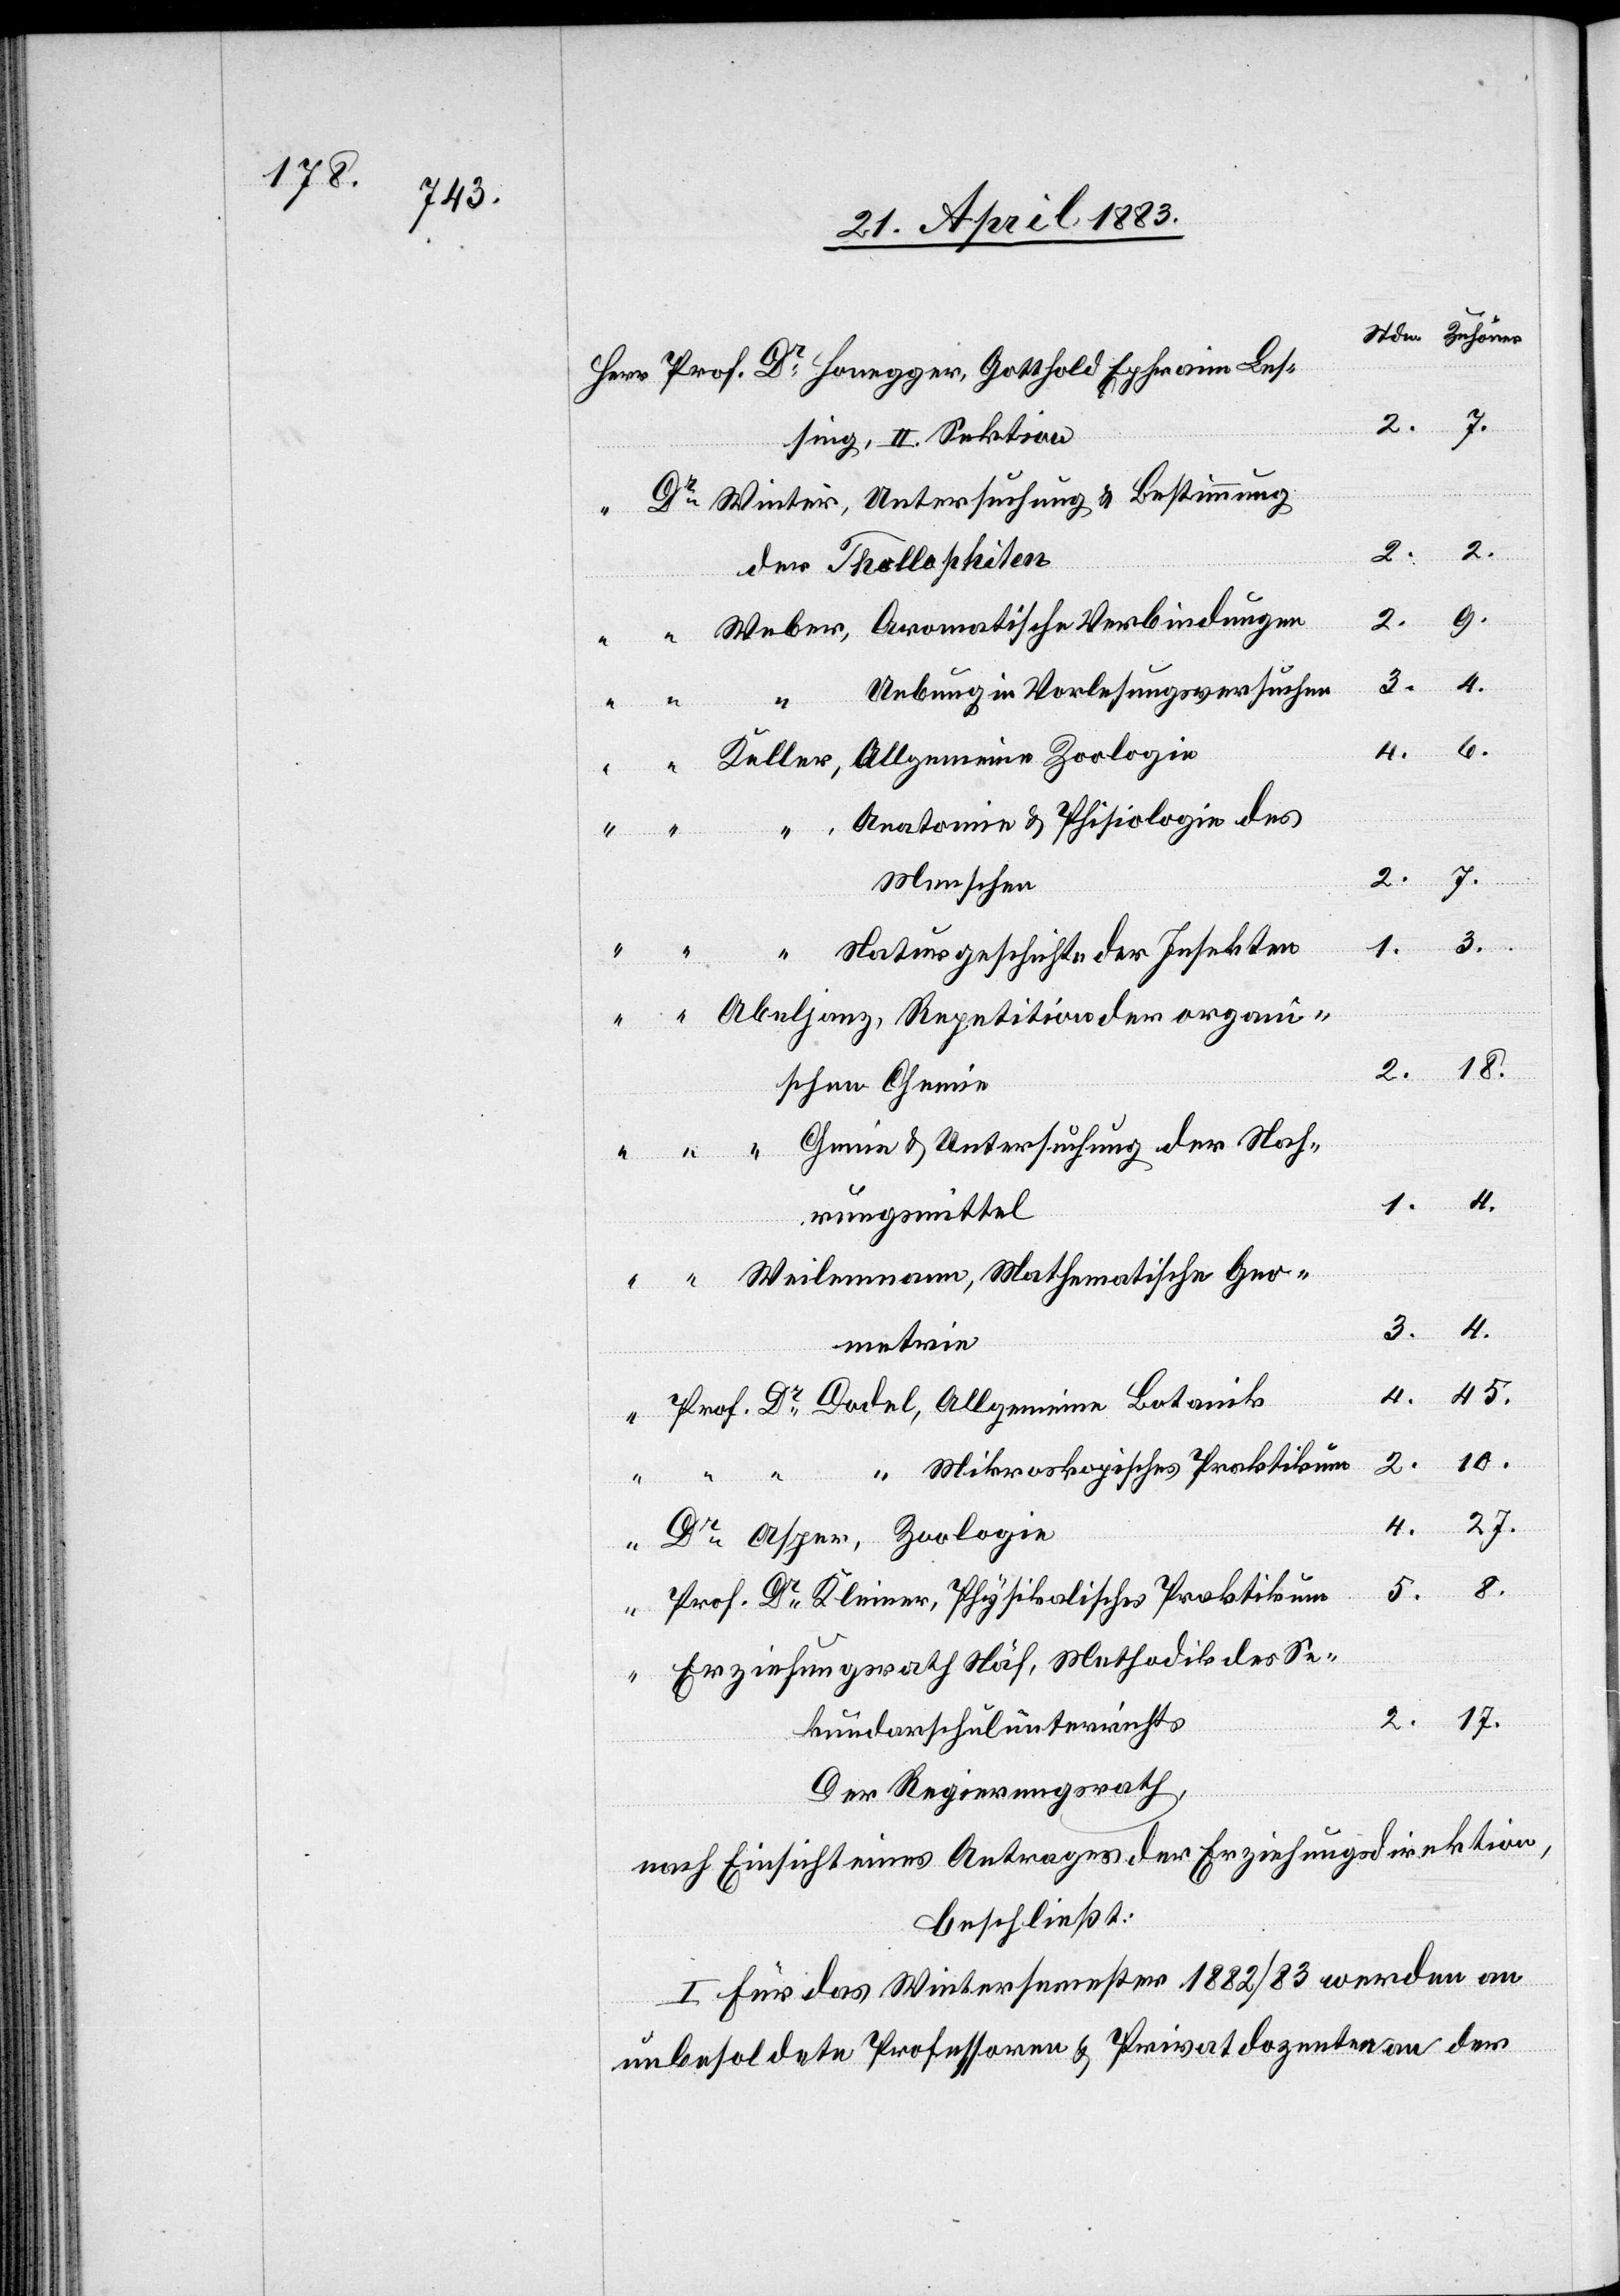
Les¬
sing, II. Sektion
Dr Winter, Untersuchung & Bestimmung
8.
der Thollophiten
9.
2.
Weber, Aromatische Verbindungen
Uebung in Vorlesungsversuchen
Allgemeine
6.
18.
Keller, Allgemeine Zoologie
Anatomie & Physiologie des
7.
Menschen
3.
4.
, Naturgeschichte der Insekten
Abeljanz, Repetition der organi¬
schen Chemie
1.
rungsmittel
Weilenmann, Mathematische Geo¬
4.
“
3.
metrie
4.
45.
“ “ “ , Mikroskopisches Praktikum
27.
4.
Asper, Zoologie
4.
5.
Prof.
Dr Kleiner, Physikalisches Praktikum
10.
Erziehungsrath Näf, Methodik des Se¬
2.
17.
kundarschulunterrichts
Der Regierungsrath,
nach Einsicht eines Antrages der Erziehungsdirektion,
beschließt:
I. Für das Wintersemester 1882/83 werden an
unbesoldete Professoren & Privatdozenten an der